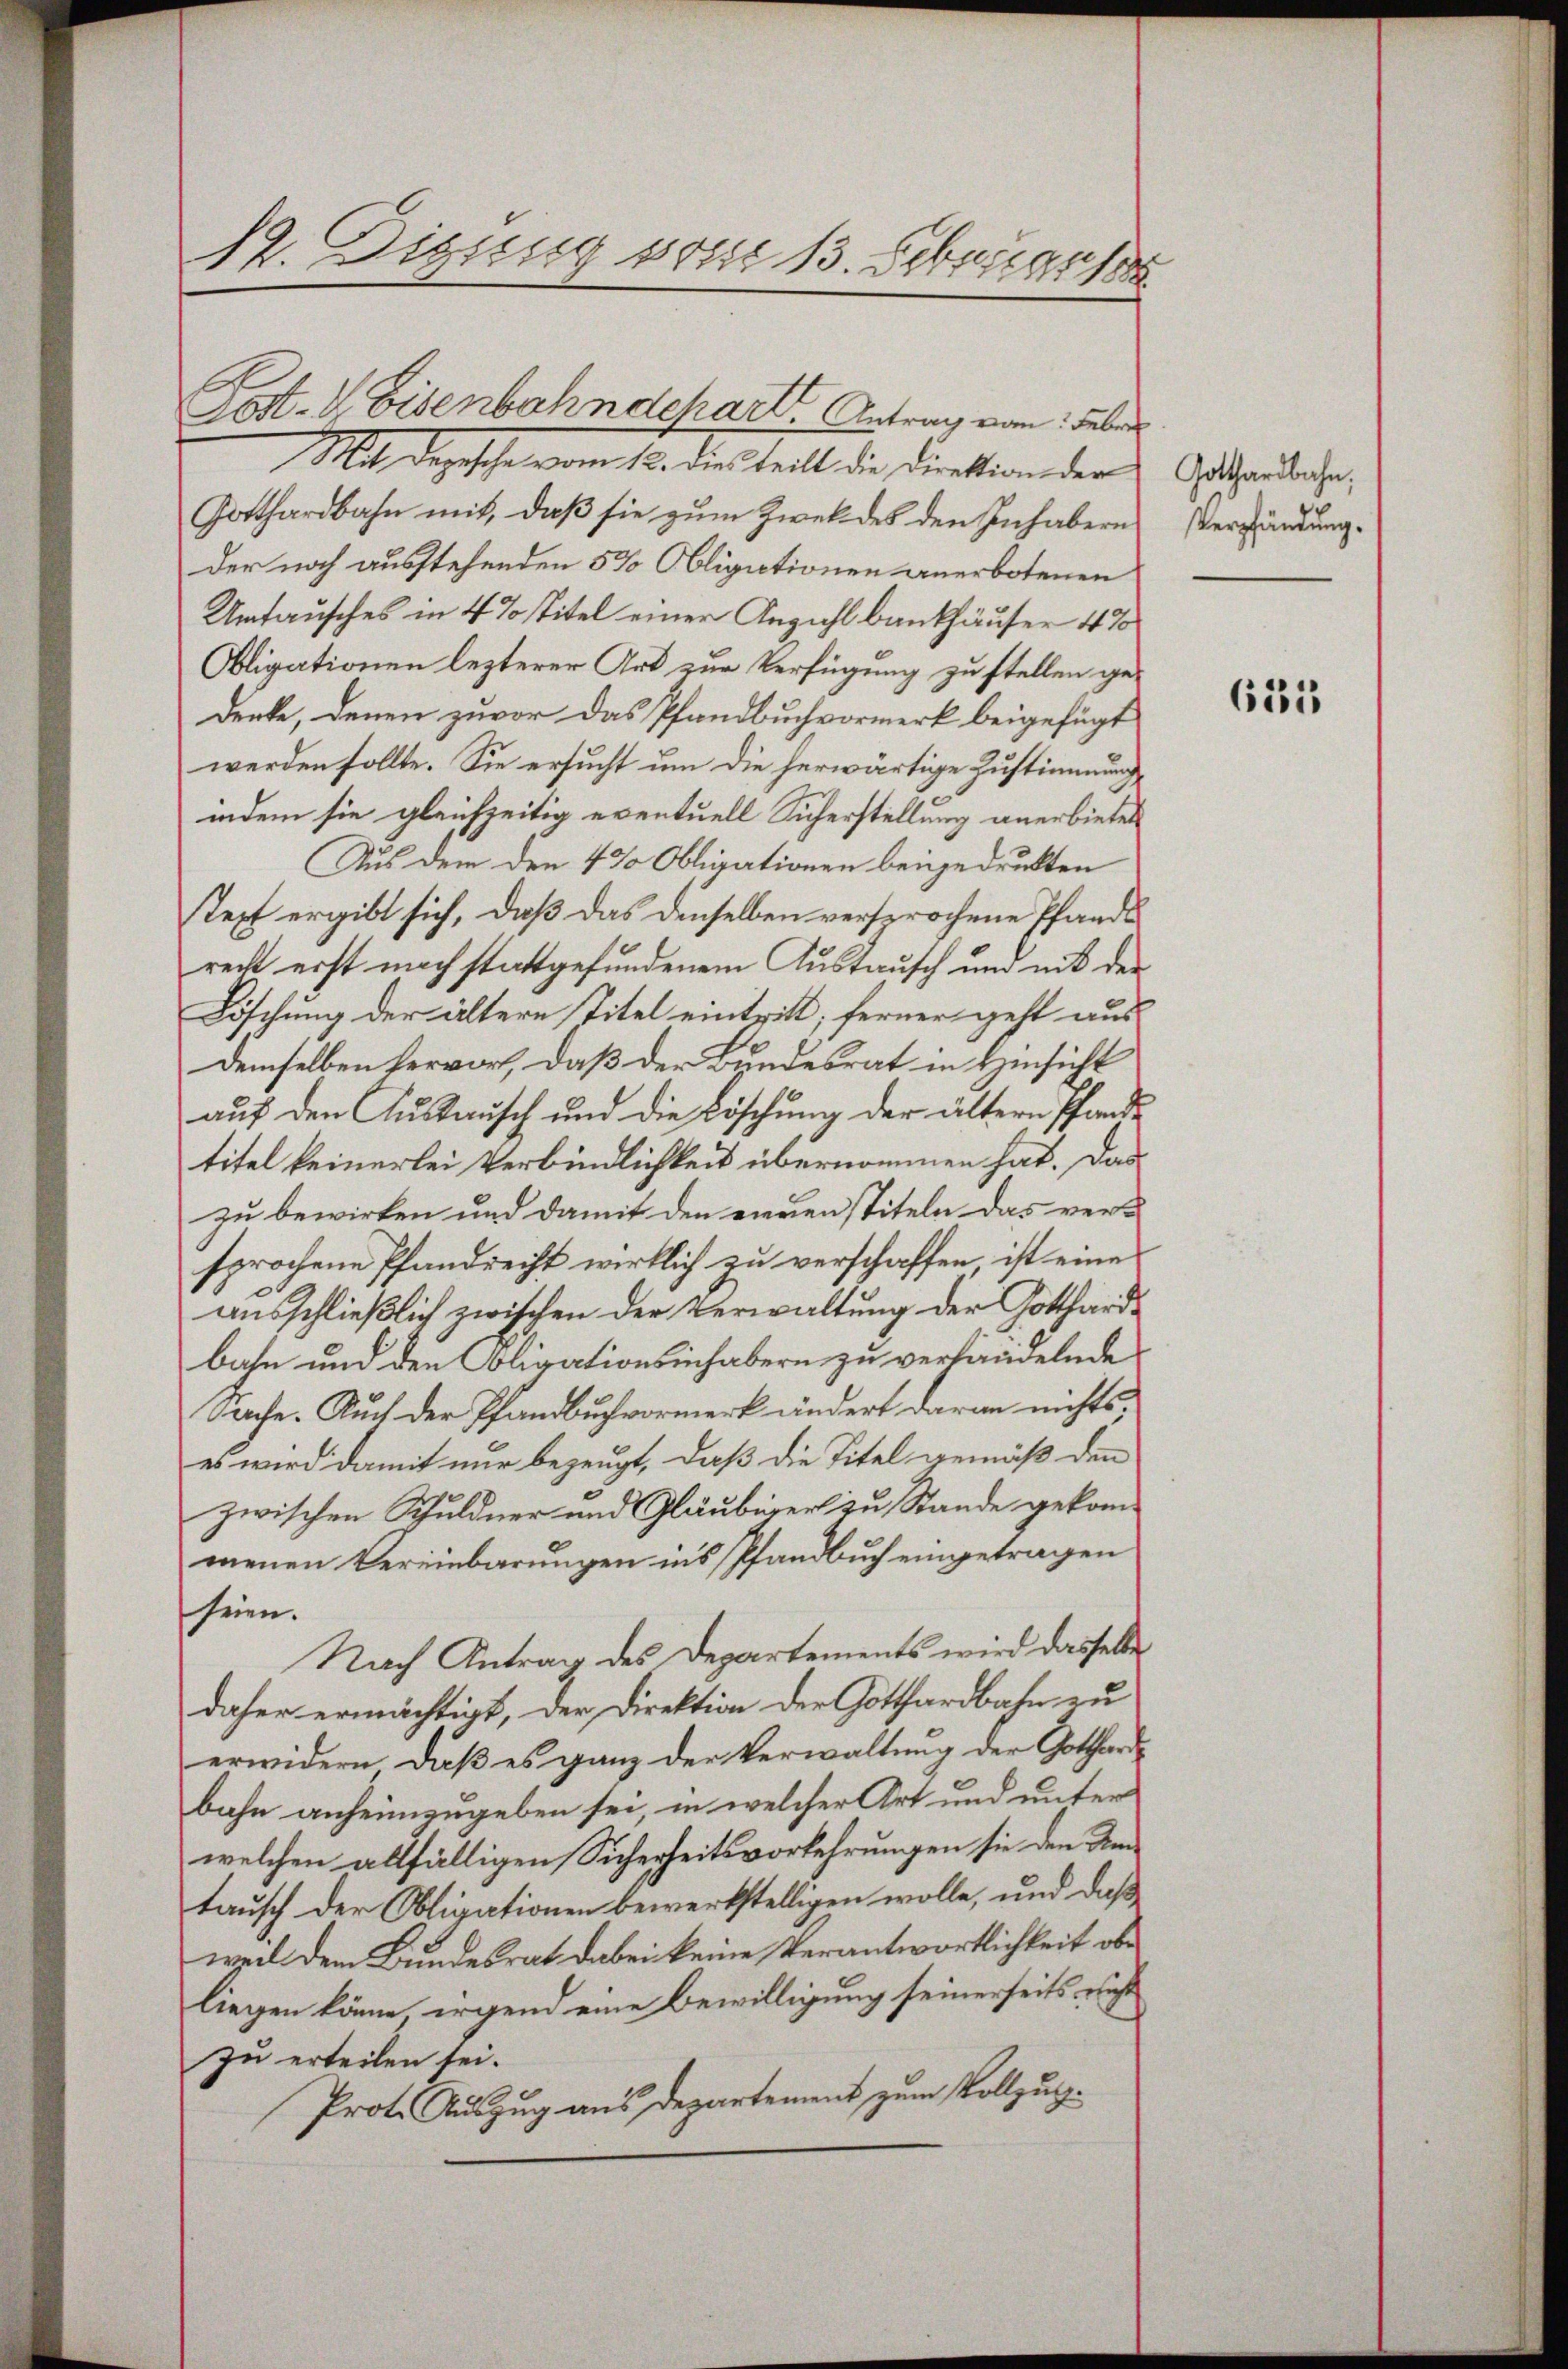
S2. Digung vom 13. Februart

Mit Depesche vom 12. dies teilt die Direktion der
Gotthardbahn mit, daß sie zum Zwek des den Inhabern
der noch ausstehenden 5% Obligationen anerbotenen
Umtausches in 4 % Titel einer Anzahl bankhäuser 4 %
Obligationen lezterer Art zur Verfügung zu stellen gedenke, denen zuvor das Pfandbuchvormerk beigefügt
werden sollte. Sie ersucht um die herwärtige Zustimmung
indem sie gleichzeitig eventuell Sicherstellung anerbietet
Aus dem den 4 % Obligationen beigedruckten
tepf ergibt sich, daß das denselben versprochene Pfands
recht erst nach stattgefundenem Austausch und nit der
Löschung der ältere Titel eintritt; ferner geht aus
Demselben hervor, daß der Bundesrat in Hinsicht
auf den Austausch und die Löschung der ältern Pfande
titel keinerlei Verbindlichkeit übernommen hat. Das
zu bewirken und damit den einenstiteln das ver-
sprochene Pfandrecht wirklich zu verschaffen, ist eine
ausschließlich zwischen der Verwaltung der Gotthardbahn und den Obligationsinhabern zu verlandelnde
Sache. Auch der Pfandbuch vormerk ändert daran nichts.
es wird damit nur bezeugt, daß die Titel gemäß den
zwischen Schuldner und Gläubiger zu Stande gekommenen Vereinbarungen in’s Pfandbuch eingetragen
seien.
Nach Antrag des Departements wird dasselbe
daher ermächtigt, der Direktion der Gotthardbahn zu
erwidern, daß es ganz der Verwaltung der Gotthar
bahn anheimzugeben sei, in welcher Art und unter
welchen allfälligen Sicherheitsvorkehrungen sie den Umtausch der Obligationen bewerkstelligen wolle, und daß
weil dem Bundesrat dabei keine Verantwortlichkeit obe
liegen könne, irgend eine Bewilligung seinerseits nicht
zu erteilen sei.
Prot. Auszug aus Departement zum Vollzug.

Post- & Eisenbahndchart. Antrag vom Feber

Gotthardbahn,
Verpfändung.

653